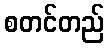
စတင်တည်